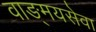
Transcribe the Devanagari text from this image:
वाङ्‌मयसेवा